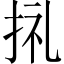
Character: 𢬦